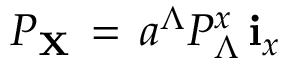
{ \cal P } _ { \bf X } \, = \, a ^ { \Lambda } { \cal P } _ { \Lambda } ^ { x } \, { \bf i } _ { x }